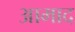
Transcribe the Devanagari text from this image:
आमाद